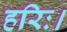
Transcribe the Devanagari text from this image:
हरिः।